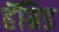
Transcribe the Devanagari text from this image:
हॅग्रिड